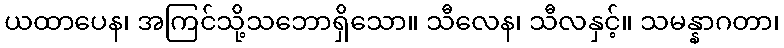
ယထာပေန၊ အကြင်သို့သဘောရှိသော။ သီလေန၊ သီလနှင့်။ သမန္နာဂတာ၊